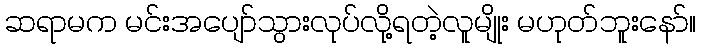
ဆရာမက မင်းအပျော်သွားလုပ်လို့ရတဲ့လူမျိုး မဟုတ်ဘူးနော်။